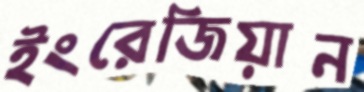
ইংরেজিয়ান